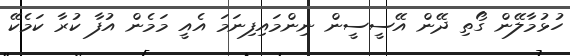
ހުޅުމާލޭން ގޯތި ދޭން އޭސީސީން ނިންމައިފިނަމަ އެއީ މަމެން އުފާ ކުރާ ކަމެކޭ